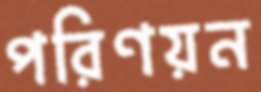
পরিণয়ন